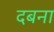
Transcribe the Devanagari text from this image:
दबना